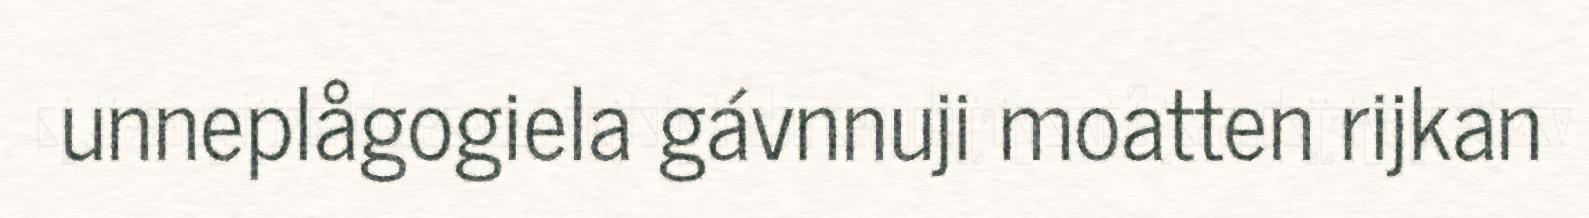
unneplågogiela gávnnuji moatten rijkan